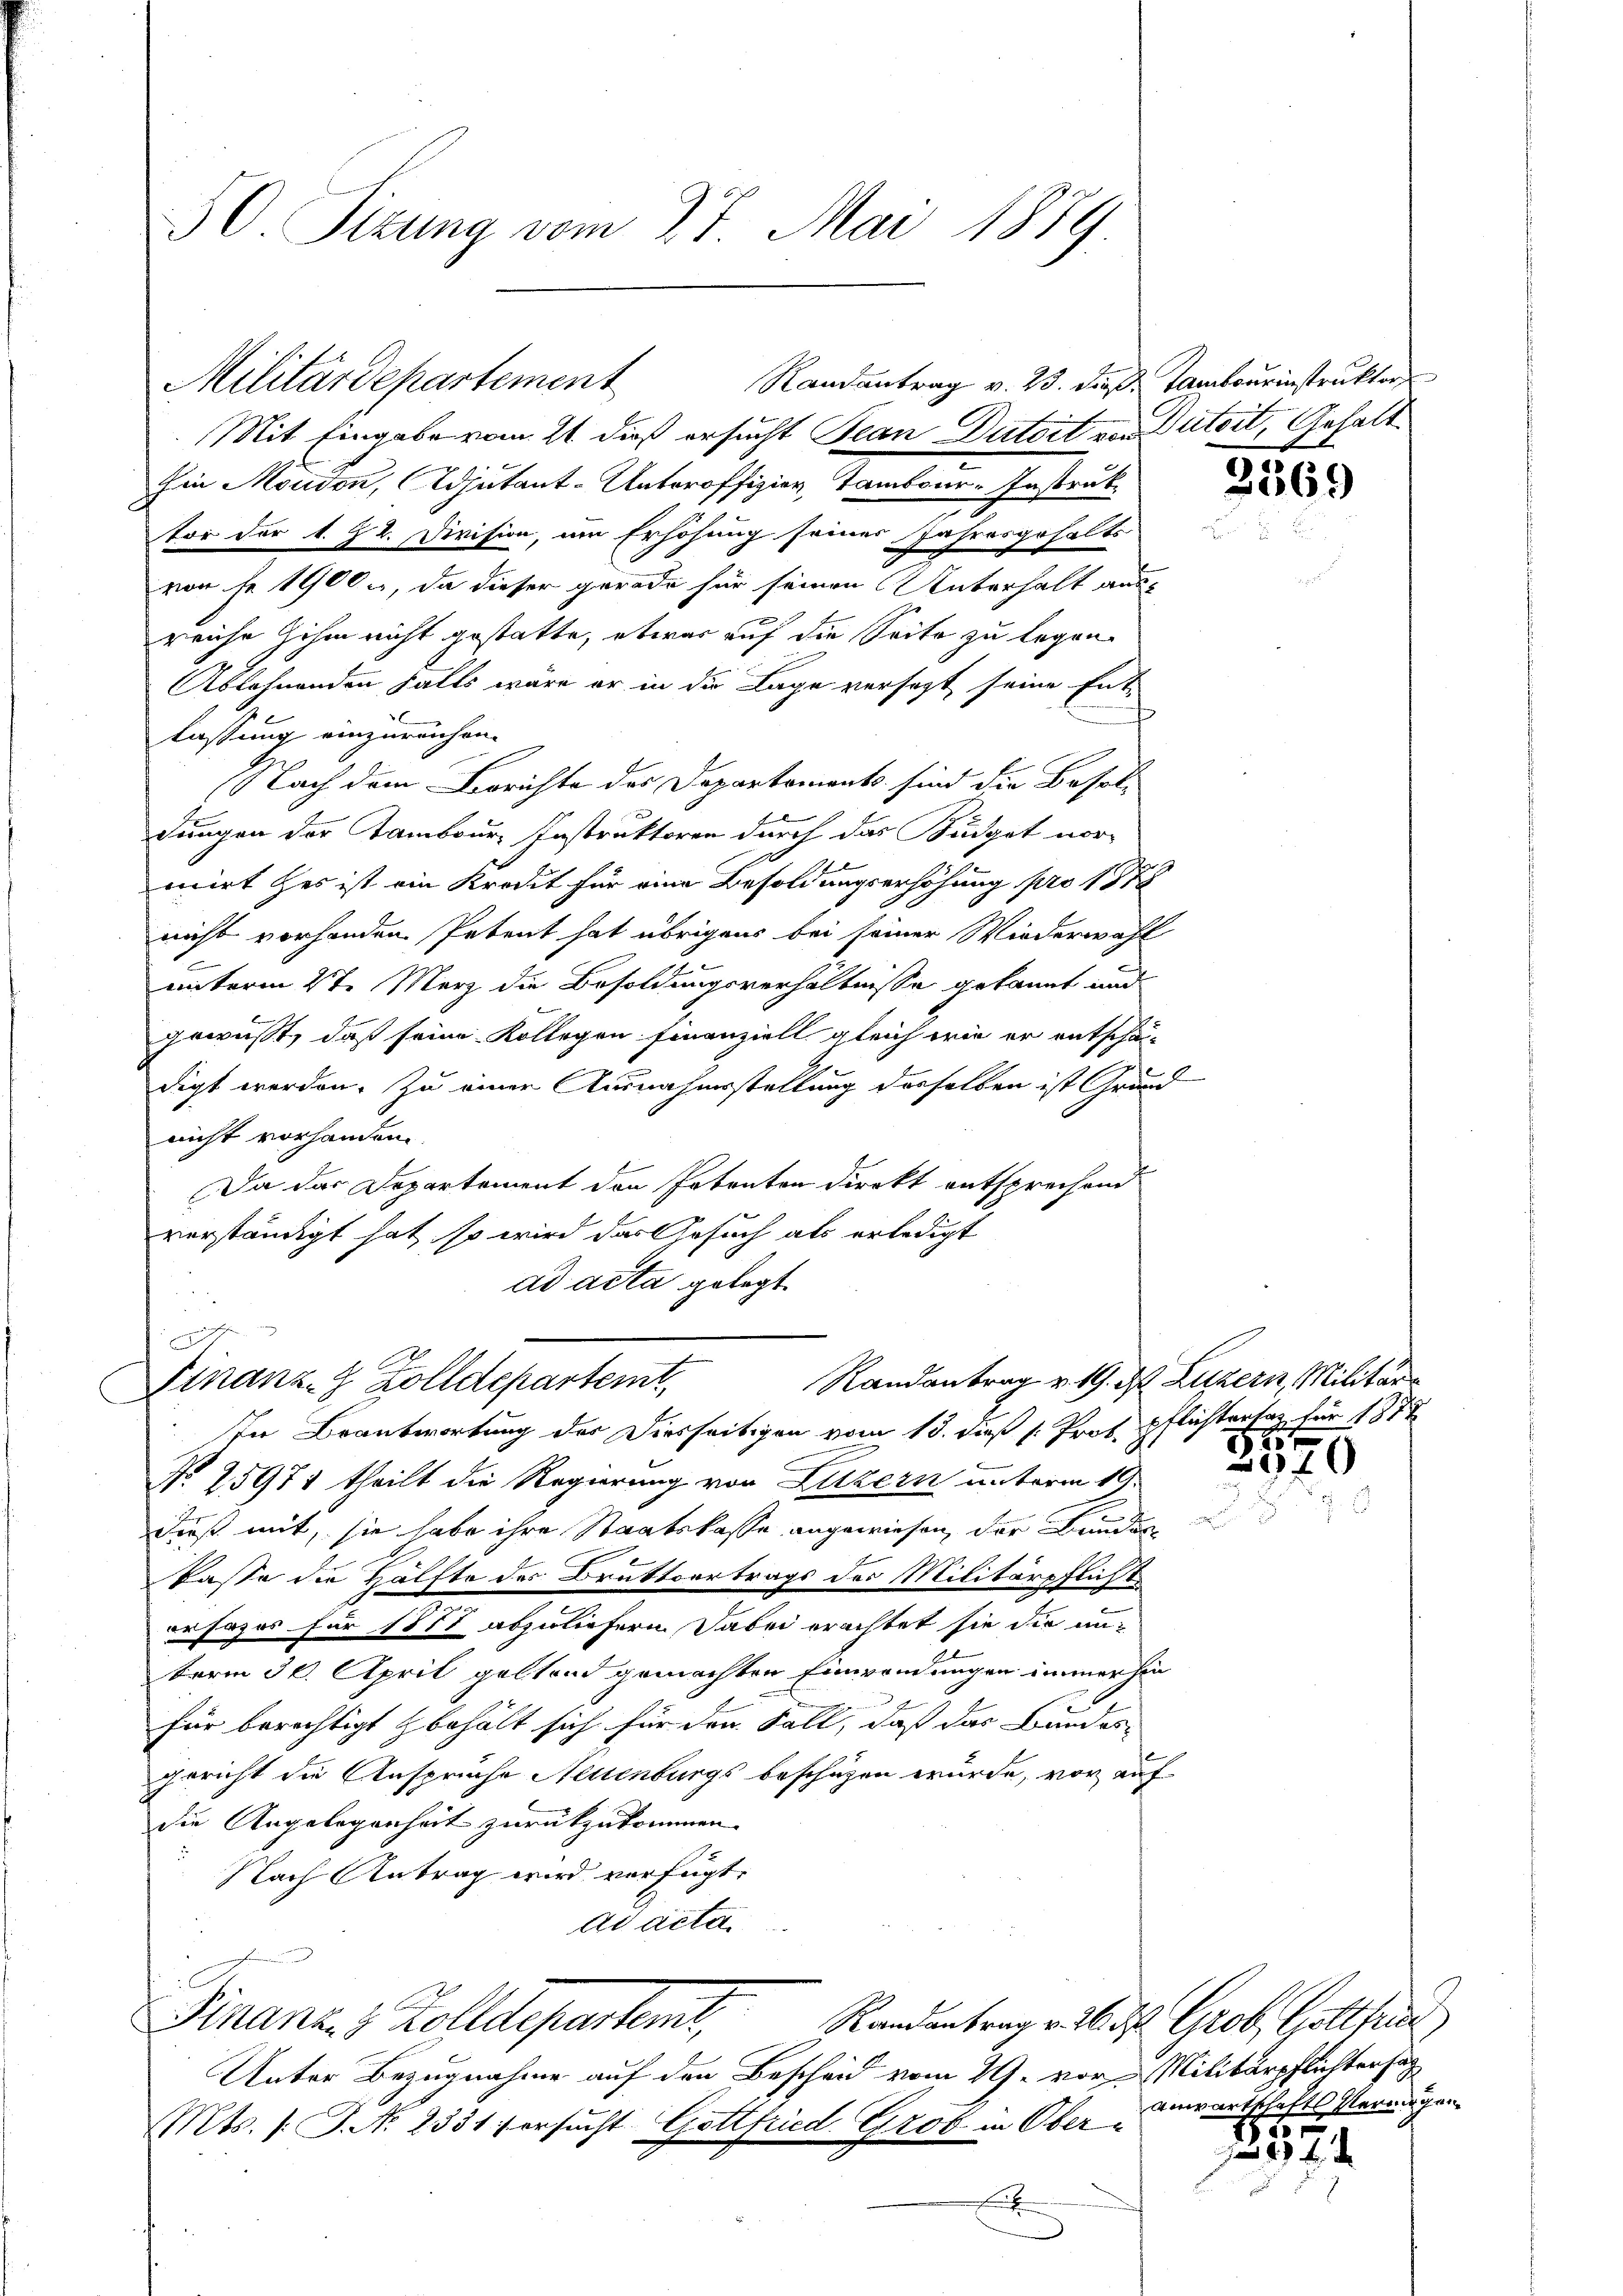
50. Sizung vom 27. Mai 1879.

Ein Moudon, Adjutant-Unteroffizien, Tambour-Instruk
tor der 1. 22. Division, um Erhöhung seines Jahresgehalts-
von No 1900, da dieser gerade für seinen Unterhalt aus
reiche ihm nicht gestatte, etwas auf die Seite zu legen.
Ablehnenden Falls wäre er in die Lage versetzt seine Ent-
s
lassung einzureichen.
Nach dem Berichte des Departements sind die Besoldungen der Tambour Instruktoren durch das Budget vormirt Her ist ein Kredit für eine Besoldungserhöhung pro 1878
nicht vorhanden Petent hat übrigens bei seiner Wiederwahl
unterm 2t. Merz die Besoldungsverhältnisse gekannt und
gewusst, daß seine Kollegen finanziell gleich wie er entschädigt werden. Zu einer Ausnahmsstellung derselben ist Grund
nicht vorhanden.
Da das Departement den Petenten direkt entsprechend
verständigt hat, so wird das Gesuch als erledigt
ad acta gelegt.

Randantrag v. 23. dieß: Tambourinstruktor
Militärdepartement
Mit Eingabe vom 21. dieß ersucht Jean Dutdit von Patoit, Gehalt

eichen
Finanz-Z Zolldepartemt,

Finanz- & Zolldeparteme,

In Beantwortung der Diesseitigen vom 13. dieß (: Prof. Pflichterfer für 1877
No. 15971 theilt die Regierung von Luzern unterm 19.
dieß mit, sie habe ihre Staatskasse angewiesen, der Bunder¬
Casse die Hälfte des Bruttvertrags der Militärpflich¬
4
erJazos für 1877 abzuliefern. Dabei erachtet sie die un-
term 30. April geltend gemachten Einwendungen immerhin
E
für berechtigt behält sich für den Fall, daß das Bundesgericht die Ansprüche Neuenburgs beschäzen wurde, vor auf
die Angelegenheit zurückzukommen.
Nach Antrag wird verfügt:
Ad acta

Unter Bezugnahme auf den Bescheid vom 29. vor Militärpflichters
Mts. (T. N. 2331) ersucht Gottfried. Grob in Oberx

2569

Randantrag v. 19. d. Luzern, Militär¬
1845 x

m

970
e

Randantrag v. 26. d. Grob, Gottfris
Anwartschafts Vermögen

186.
2 x